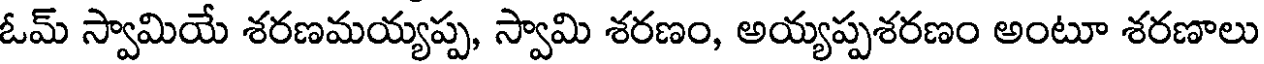
ఓమ్ స్వామియే శరణమయ్యప్ప, స్వామి శరణం, అయ్యప్పశరణం అంటూ శరణాలు